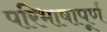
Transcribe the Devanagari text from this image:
परिभाषापूर्ण